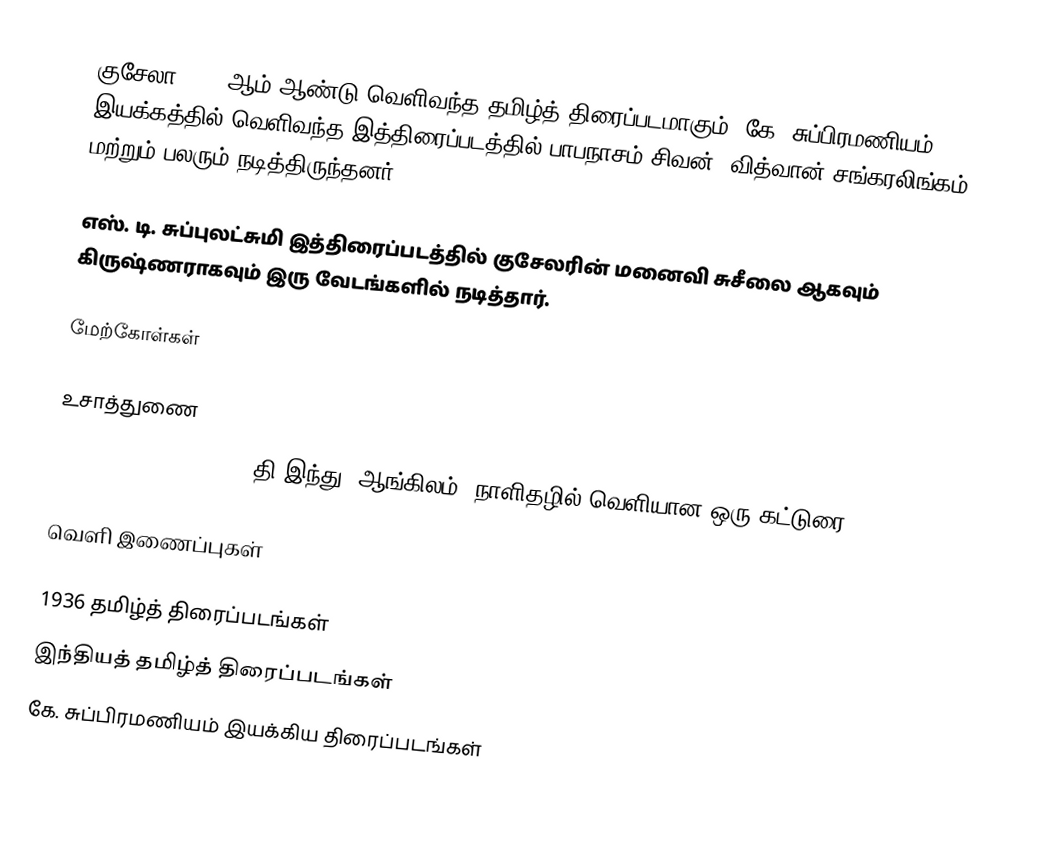
குசேலா 1936 ஆம் ஆண்டு வெளிவந்த தமிழ்த் திரைப்படமாகும். கே. சுப்பிரமணியம் இயக்கத்தில் வெளிவந்த இத்திரைப்படத்தில் பாபநாசம் சிவன், வித்வான் சங்கரலிங்கம் மற்றும் பலரும் நடித்திருந்தனர்.

எஸ். டி. சுப்புலட்சுமி இத்திரைப்படத்தில் குசேலரின் மனைவி சுசீலை ஆகவும் கிருஷ்ணராகவும் இரு வேடங்களில் நடித்தார்.

மேற்கோள்கள்

உசாத்துணை
Bhaktha Kuchela (1936) தி இந்து (ஆங்கிலம்) நாளிதழில் வெளியான ஒரு கட்டுரை

வெளி இணைப்புகள்

1936 தமிழ்த் திரைப்படங்கள்
இந்தியத் தமிழ்த் திரைப்படங்கள்
கே. சுப்பிரமணியம் இயக்கிய திரைப்படங்கள்